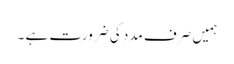
ہمیں صرف مدد کی ضرورت ہے ۔